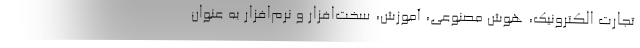
تجارت الکترونیک، هوش مصنوعی، آموزش، سخت‌افزار و نرم‌افزار به عنوان